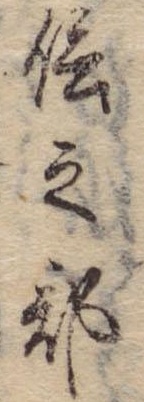
信之部